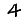
Digit: 4